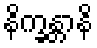
နိက္ခန္တာနိ